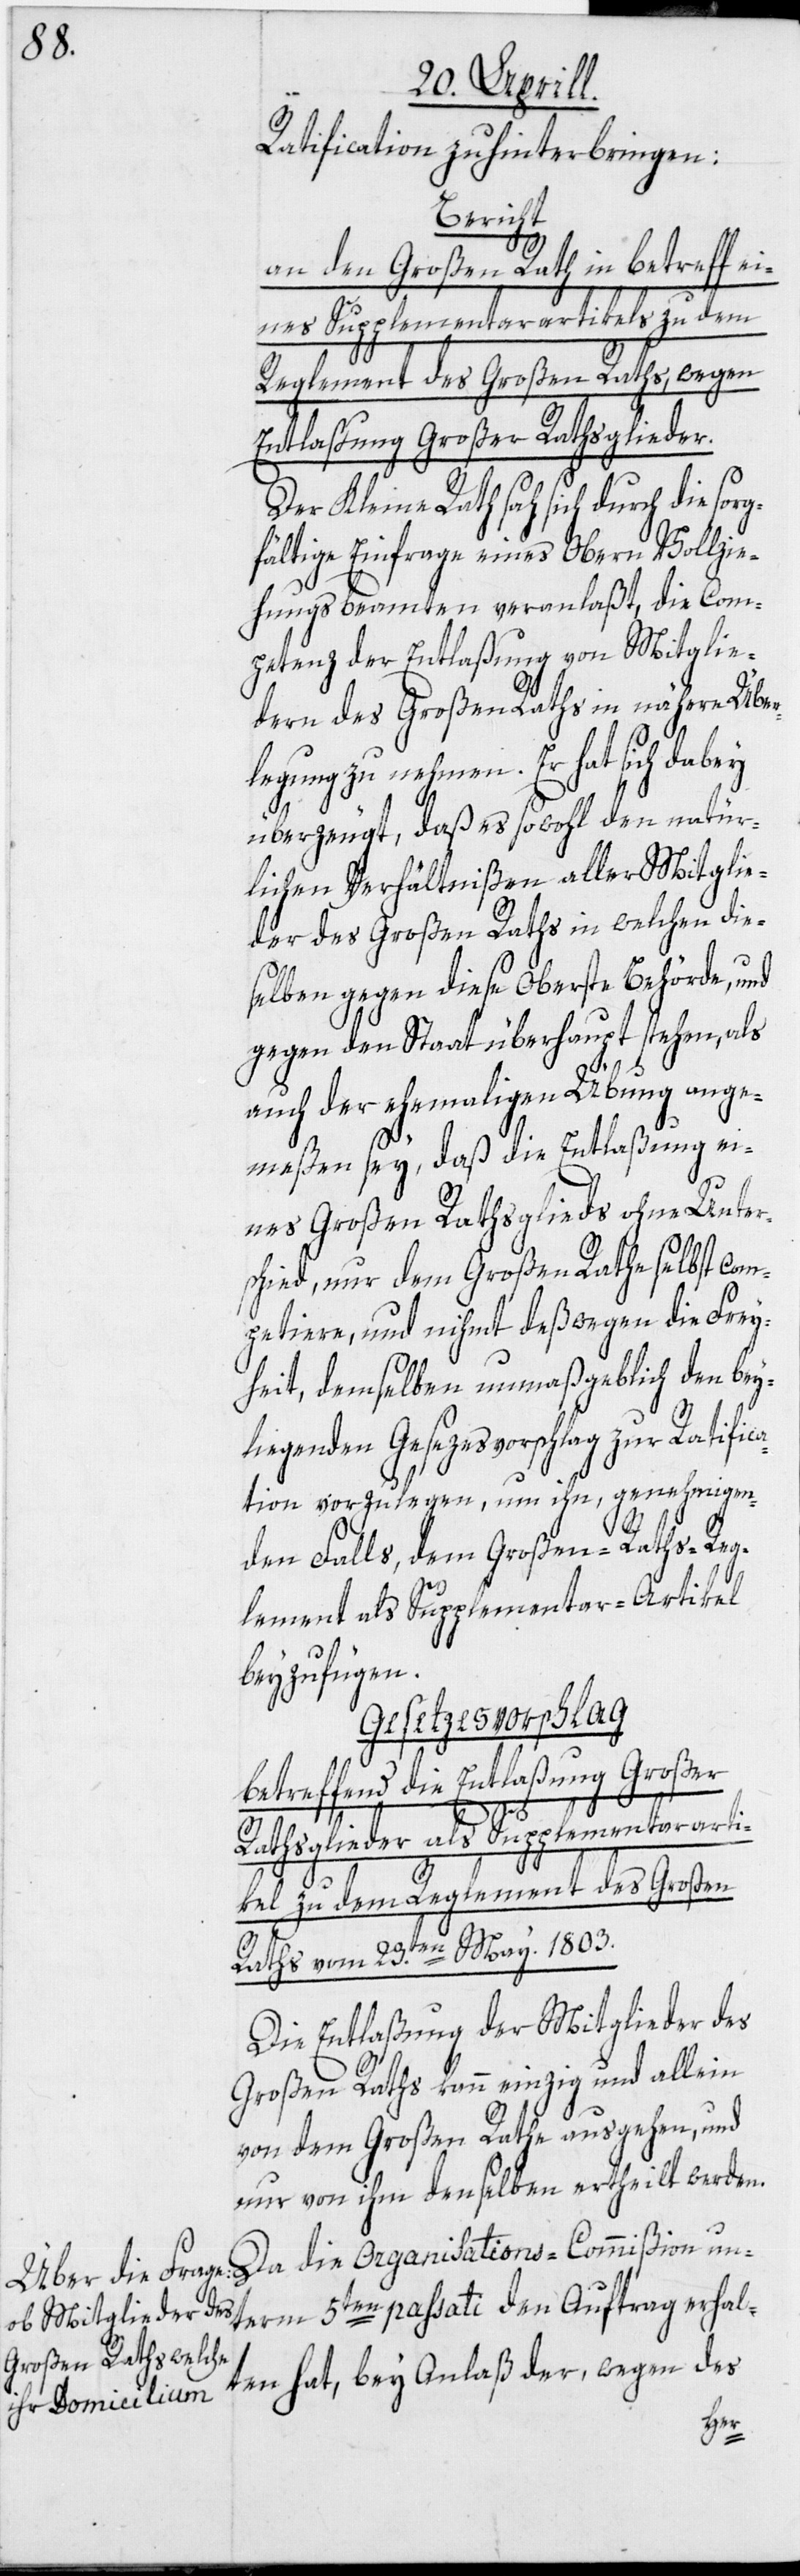
Ratification zu hinterbringen:
Bericht
an den Großen Rath in betreff ei¬
nes Supplementarartikels zu dem
Reglement des Großen Raths, wegen
Entlaßung Großer Rathsglieder.
Der Kleine Rath sah sich durch die
fältige Einfrage eines Obern Vollzie¬
hungsbeamten veranlaßt, die Com¬
petenz der Entlaßung von Mitglie¬
dern des Großen Raths in nähere Über¬
legung zu nehmen. Er hat sich dabey
überzeugt, daß es sowohl den natür¬
lichen Verhältnißen aller Mitglie¬
der des Großen Raths in welchen die¬
selben gegen diese Oberste Behörde, und
gegen den Staat überhaupt stehen, als
auch der ehemaligen Übung ange¬
meßen sey, daß die Entlaßung ei¬
nes Großen Rathsglieds ohne Unter¬
schied, nur dem Großen Rathe selbst com¬
petiere, und nihmt deßwegen die Frey¬
heit, demselben unmaßgeblich den bey¬
liegenden Gesezesvorschlag zur Ratific¬
ation vorzulegen, um ihn, genehmigen¬
den Falls, dem Großen-Raths-Reg¬
lement als Supplementar-Artikel
beyzufügen.
Gesetzesvorschlag
betreffend die Entlaßung Großer
Rathsglieder als Supplementararti¬
kel zu dem Reglement des Großen
Raths vom 23.ten May 1803.
Die Entlaßung der Mitglieder des
Großen Raths kann einzig und allein
von dem Großen Rathe ausgehen, und
nur von ihm denselben ertheilt werden.
term 5ten passati den Auftrag erhal¬
ten hat, bey Anlaß der, wegen des
un¬